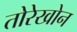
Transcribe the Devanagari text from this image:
तोरेखोन